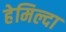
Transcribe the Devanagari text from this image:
हेमिल्दा